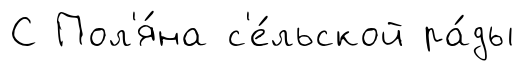
С Пол'я́на с'е́льской ра́ды